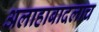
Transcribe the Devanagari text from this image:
अलाहाबादलाच